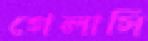
গেলাসি